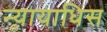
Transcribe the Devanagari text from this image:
न्यायाधिस